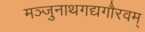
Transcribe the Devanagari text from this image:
मञ्जुनाथगद्यगौरवम्